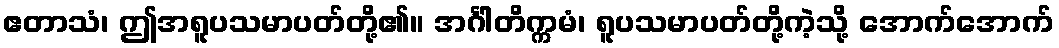
ဧတာသံ၊ ဤအရူပသမာပတ်တို့၏။ အင်္ဂါတိက္ကမံ၊ ရူပသမာပတ်တို့ကဲ့သို့ အောက်အောက်